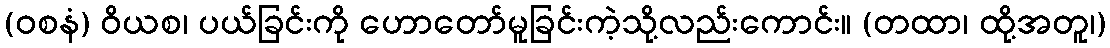
(ဝစနံ) ဝိယစ၊ ပယ်ခြင်းကို ဟောတော်မူခြင်းကဲ့သို့လည်းကောင်း။ (တထာ၊ ထို့အတူ၊)